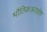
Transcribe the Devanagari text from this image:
भौतिकअवशेष